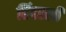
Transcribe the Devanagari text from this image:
हिंदरली